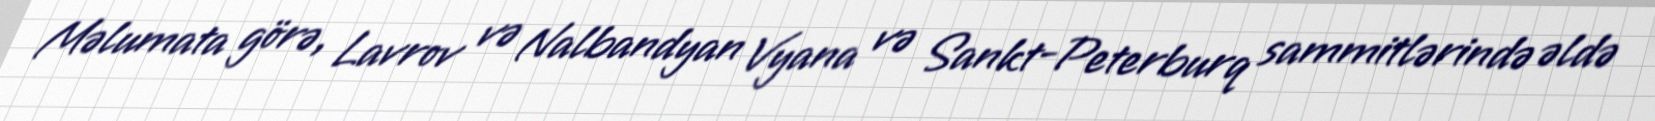
Məlumata görə, Lavrov və Nalbandyan Vyana və Sankt-Peterburq sammitlərində əldə